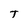
Character: T